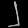
Digit: ၂